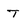
Character: t